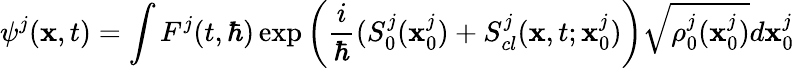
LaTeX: \psi^{j}(\textbf{x},t)=\int F^{j}(t,\hbar)\exp\left(\frac{i}{\hbar}(S_{0}^{j}(\textbf{x}_{0}^{j})+S_{cl}^{j}(\textbf{x},t;\textbf{x}_{0}^{j})\right)\sqrt{\rho_{0}^{j}(\textbf{x}_{0}^{j})}d\textbf{x}_{0}^{j}